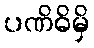
ပဏိဓိမှိ